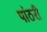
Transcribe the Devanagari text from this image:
पांठरी